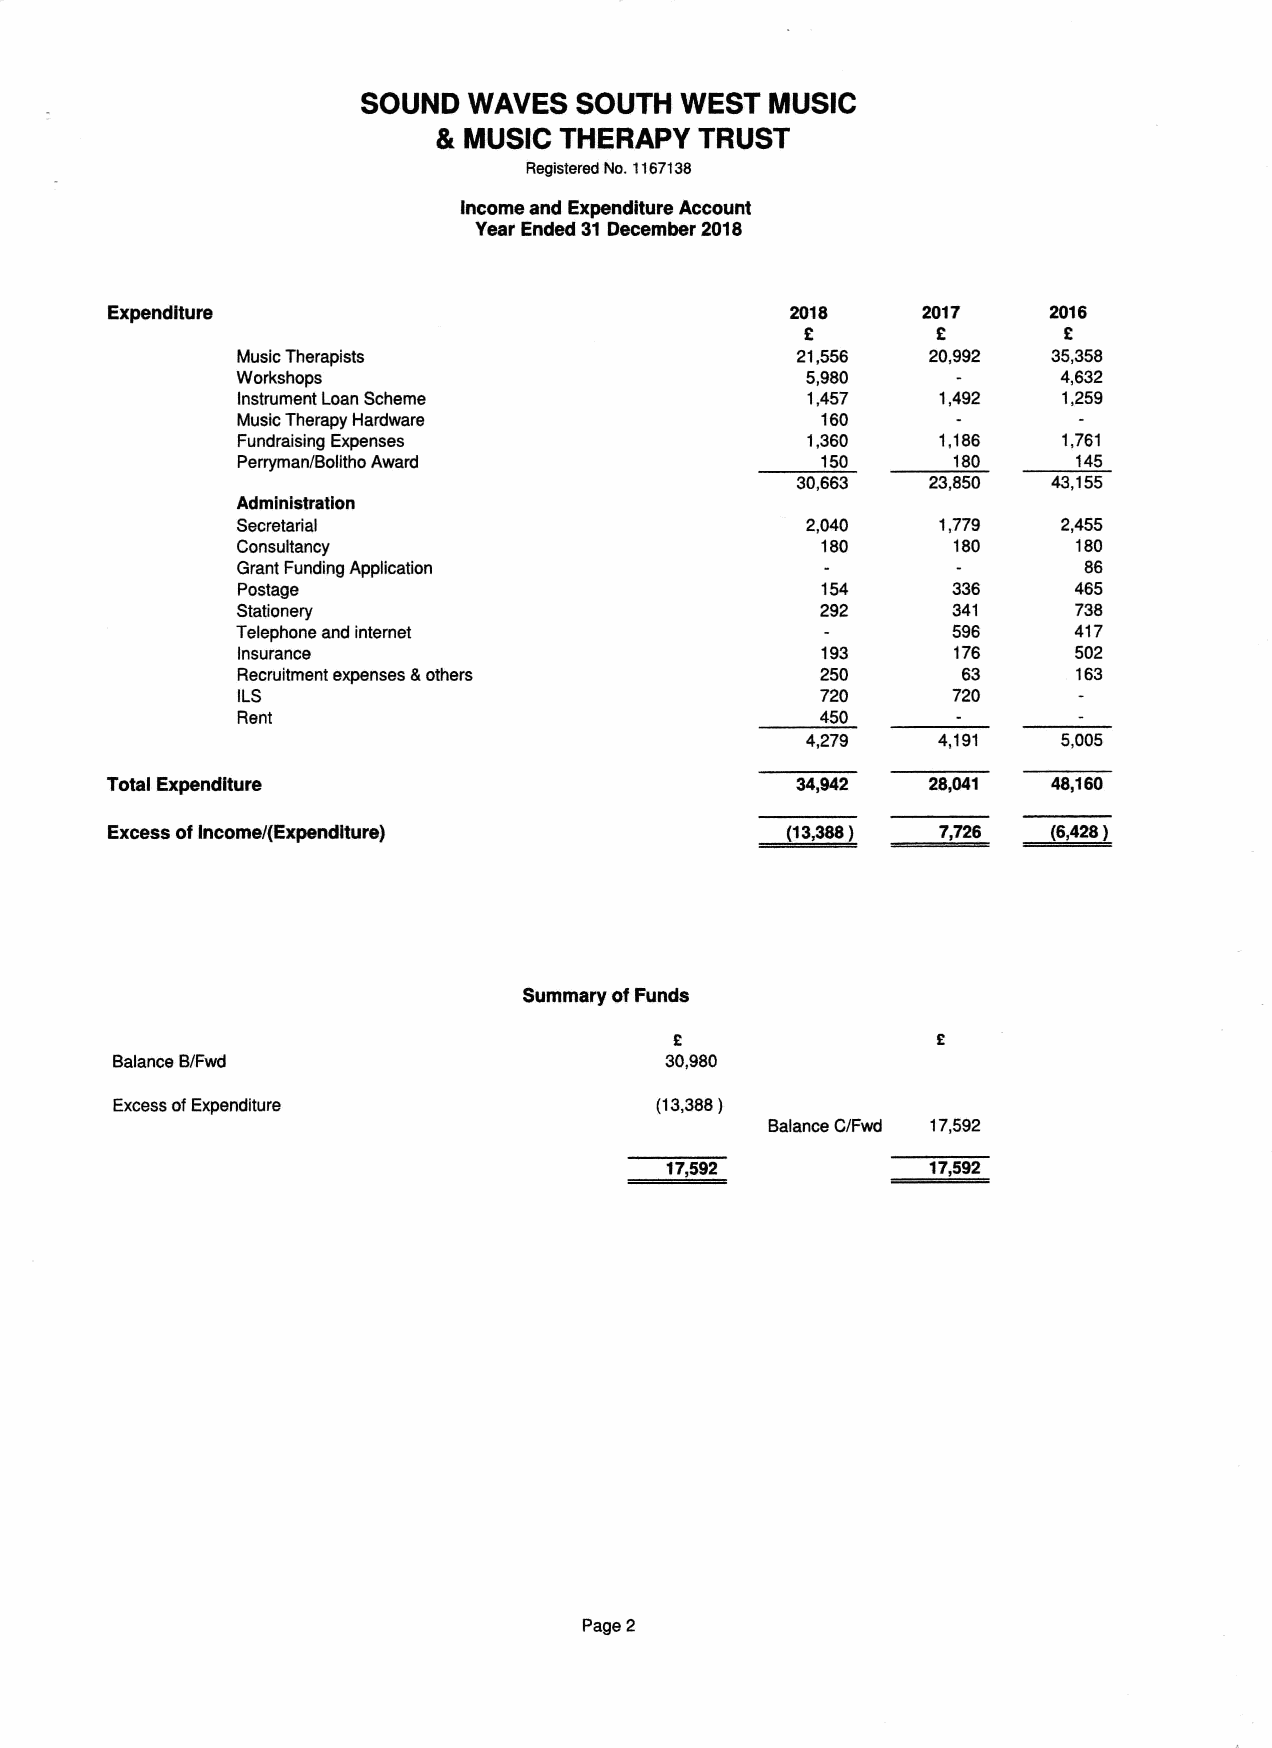
SOUND  WAVES  SOUTH  WEST  MUSIC
 & MUSIC THERAPY  TRUST
 Registered No. 1167138
 Income and Expenditure Account
 Year Ended 31December 2018
 Expenditure                                  2018     2017    2016
 2        2       2
 Music Therapists                     21,556  20,992   35,358
 Workshops                            5,980            4,632
 Instrument Loan Scheme               1,457    1,492   1,259
 Music Therapy Hardware                160
 Fundraising Expenses                 1,360    1,186   1,761
 Perryman/Bolitho Award                150      180     145
 30,663  23,850   43,155
 Administration
 Secretarial                          2,040    1,779   2,455
 Consultancy                           180      180     180
 Grant Funding Application                               86
 Postage                               154      336     465
 Stationery                            292      341     738
 Telephone and internet                         596     417
 Insurance                             193      176     502
 Recruitment expenses &others          250       63     163
 ILS                                   720      720
 Rent                                  450
 4,279    4,191   5,005
 Total Expenditure                             34,942  28,041   48,160
 Excess ofIncome/(Expenditure)                ((2656)   7,726   (6,426)
 Summary ofFunds
 Balance B/Fwd                        30,980
 Excess ofExpenditure                (13,388)
 Balance C/Fwd 17,592
 17,562           17,562
 Page 2